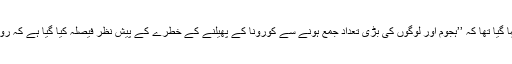
وزارت حج کی جانب سے جاری بیان میں کہا گیا تھا کہ ’’ہجوم اور لوگوں کی بڑی تعداد جمع ہونے سے کورونا کے پھیلنے کے خطرے کے پیش نظر فیصلہ کیا گیا ہے کہ رواں برس حج محدود عازمین کے ساتھ ہوگی‘‘۔